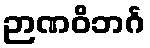
ဉာဏဝိဘင်္ဂ